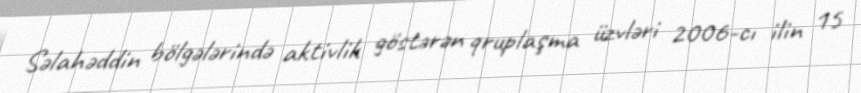
Səlahəddin bölgələrində aktivlik göstərən qruplaşma üzvləri 2006-cı ilin 15